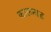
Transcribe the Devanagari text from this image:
कालनाड